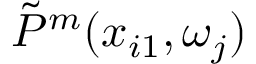
\Tilde { P } ^ { m } ( x _ { i 1 } , \omega _ { j } )